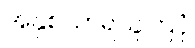
အနှစ်သာရယူကြပုံ